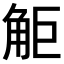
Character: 𧣒